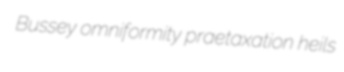
Bussey omniformity praetaxation heils